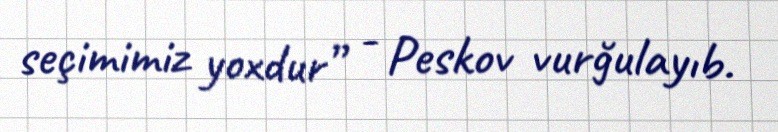
seçimimiz yoxdur” - Peskov vurğulayıb.